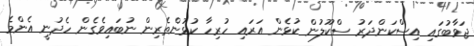
ޖަވާބުގައި އިސްކަންދަރު ސްކޫލުން ކުޅެން އަރައި ހުރިހާ ކުޅުންތެރިން ނުބައިވެގެން ހެދުނީ އެންމެ